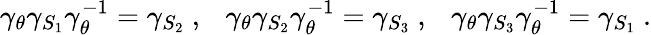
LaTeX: \gamma_{\theta}\gamma_{S_{1}}\gamma_{\theta}^{-1}=\gamma_{S_{2}}~,~~~\gamma_{\theta}\gamma_{S_{2}}\gamma_{\theta}^{-1}=\gamma_{S_{3}}~,~~~\gamma_{\theta}\gamma_{S_{3}}\gamma_{\theta}^{-1}=\gamma_{S_{1}}~.